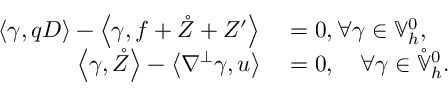
\begin{array} { r l } { \left\langle \gamma , q D \right\rangle - \left\langle \gamma , f + \mathring { Z } + Z ^ { \prime } \right\rangle } & { { } = 0 , \forall \gamma \in \mathbb { V } _ { h } ^ { 0 } , } \\ { \left\langle \gamma , \mathring { Z } \right\rangle - \left\langle \nabla ^ { \perp } \gamma , u \right\rangle } & { { } = 0 , \quad \forall \gamma \in \mathring { \mathbb { V } } _ { h } ^ { 0 } . } \end{array}